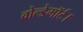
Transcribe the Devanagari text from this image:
वोल्डेमॉर्ट।